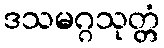
ဒသမဂ္ဂသုတ္တံ